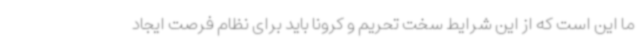
ما این است که از این شرایط سخت تحریم و کرونا باید برای نظام فرصت ایجاد